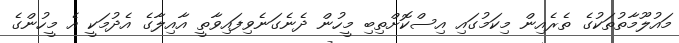
މައުލޫމާތުތަކުގެ ތެރެއިން މިކަމުގައި އިސްކޮށްތިބި މީހުން ދެނެގަނެވިފައިވާތީ އާއިލާގެ އެދުމަކީ އެ މީހުންގެ